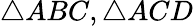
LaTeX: \triangle ABC,\triangle ACD